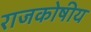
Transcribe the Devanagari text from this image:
राजकोषीय